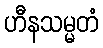
ဟီနသမ္မတံ